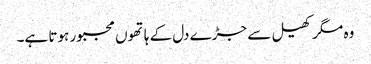
وہ مگر کھیل سے جڑے دل کے ہاتھوں مجبور ہوتا ہے۔